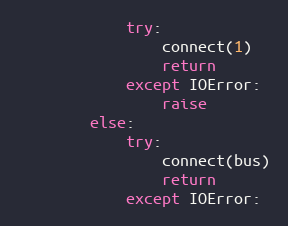
Language: Python
            try:
                connect(1)
                return
            except IOError:
                raise
        else:
            try:
                connect(bus)
                return
            except IOError: